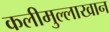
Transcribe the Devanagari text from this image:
कलीमुल्लाखान